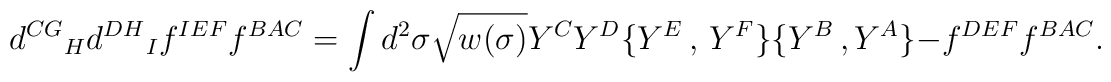
{d^{CG}}_{H}{d^{DH}}_{I}f^{IEF}f^{BAC}=\int d^{2}\sigma\sqrt{w(\sigma)}Y^{C}Y^{D}  \{Y^{E}\,,\,Y^{F}\}\{Y^{B}\,,Y^{A}\}  {}-f^{DEF}f^{BAC}.